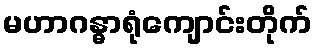
မဟာဂန္ဓာရုံကျောင်းတိုက်